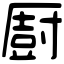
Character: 㕑